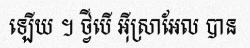
ឡើយ ។ ថ្វីបើ អ៊ីស្រាអែល បាន